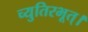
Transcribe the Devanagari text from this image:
च्युतिरभूत्।